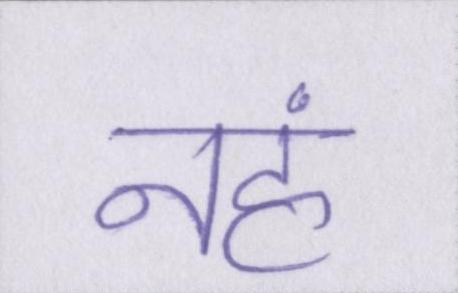
नहं